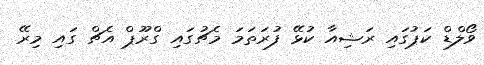
ވޯލްޑް ކަޕުގައި ރަޝިއާ ކުޅޭ ފުރަތަމަ މެޗުގައި ގްރޫޕް އެޗް ގައި މިރޭ